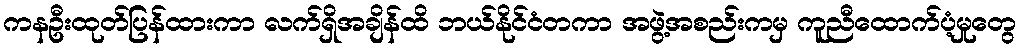
ကနဦးထုတ်ပြန်ထားကာ လက်ရှိအချိန်ထိ ဘယ်နိုင်ငံတကာ အဖွဲ့အစည်းကမှ ကူညီထောက်ပံ့မှုတွေ